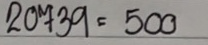
20739 = 500